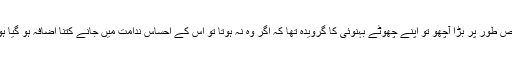
خاص طور پر بڑا آچھو تو اپنے چھوٹے بہنوئی کا گرویدہ تھا کہ اگر وہ نہ ہوتا تو اس کے احساس ندامت میں جانے کتنا اضافہ ہو گیا ہوتا۔